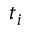
t _ { i }